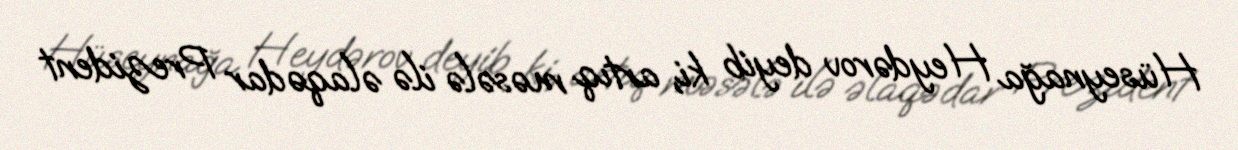
Hüseynağa Heydərov deyib ki, artıq məsələ ilə əlaqədar Prezident